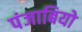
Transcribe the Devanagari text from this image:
पंजाबियो